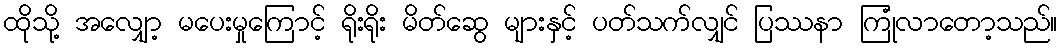
ထိုသို့ အလျှော့ မပေးမှုကြောင့် ရိုးရိုး မိတ်ဆွေ များနှင့် ပတ်သက်လျှင် ပြဿနာ ကြုံလာတော့သည်။